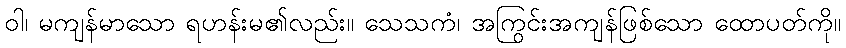
ဝါ၊ မကျန်မာသော ရဟန်းမ၏လည်း။ သေသကံ၊ အကြွင်းအကျန်ဖြစ်သော ထောပတ်ကို။